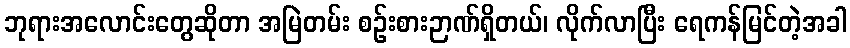
ဘုရားအလောင်းတွေဆိုတာ အမြဲတမ်း စဉ်းစားဉာဏ်ရှိတယ်၊ လိုက်လာပြီး ရေကန်မြင်တဲ့အခါ